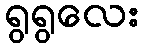
ရွရွလေး